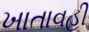
ખાતાવહી